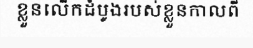
ខ្លួនលើកដំបូងរបស់ខ្លួនកាលពី